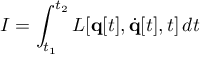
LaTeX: I = \int _ { t _ { 1 } } ^ { t _ { 2 } } L [ \mathbf { q } [ t ] , { \dot { \mathbf { q } } } [ t ] , t ] \, d t